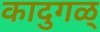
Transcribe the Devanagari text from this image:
कादुगळ्